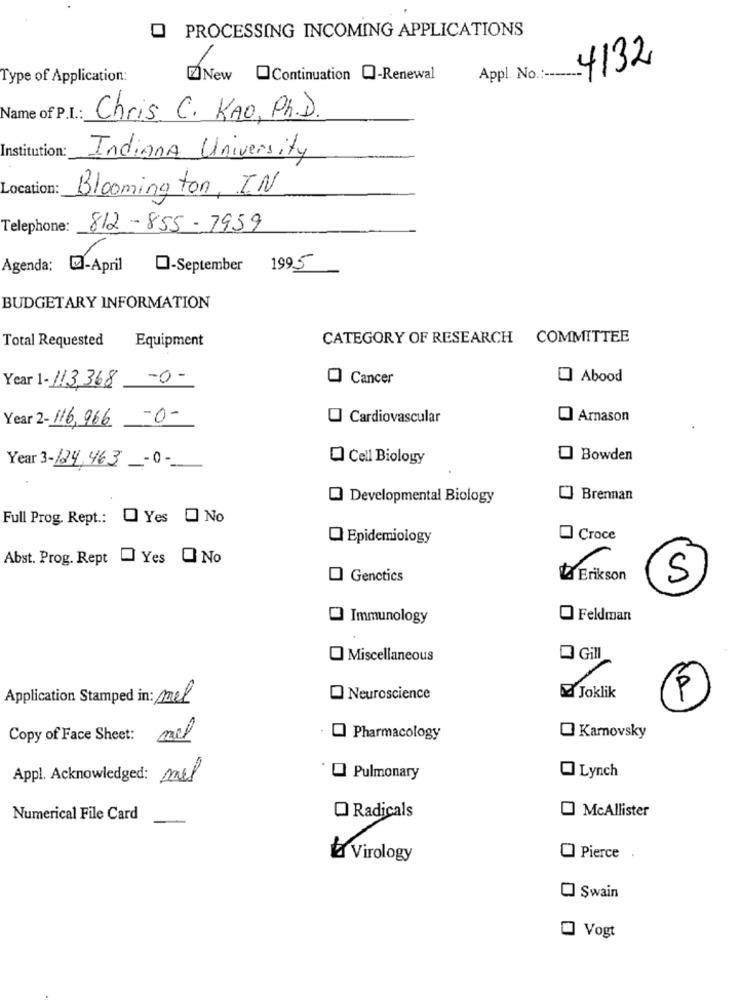
PROCESSING INCOMING APPLICATIONS
4132
Type of Application:
New @Continuation Q-Renewal
Appl. No .:-----.
Name of P.I .:
Chris C. KAO, Ph.D.
Institution:
Indiana University
Location:
Bloomington, IN
Telephone:
812-855-7959
Agenda: - April
-September 199.5
BUDGETARY INFORMATION
Total Requested
Equipment
CATEGORY OF RESEARCH COMMITTEE
Cancer
O Abood
Year 1- 113,368 -0-
Year 2- 116, 966
-0-
Cardiovascular
Arnason
O Cell Biology
O Bowden
Year 3-124, 463 -0-
Developmental Biology
Brennan
Full Prog. Rept .:
Yes
O No
Epidemiology
Croce
Abst. Prog. Rept
Yes O No
O Genctics
Za Erikson
S
Immunology
O Feldman
Miscellaneous
Gill
Application Stamped in: mel
Neuroscience
Ma Joklik
Copy of Face Sheet: mil
Pharmacology
Karnovsky
Appl. Acknowledged: mil
Pulmonary
Lynch
Numerical File Card
O Radicals
O McAllister
2 Virology
Pierce
O Swain
O Vogt